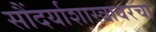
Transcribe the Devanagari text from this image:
सौंदर्याशास्त्रावरचा